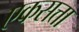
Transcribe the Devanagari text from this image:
एकसत्ता